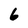
Character: 6